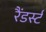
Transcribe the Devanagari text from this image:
रैंडर्स्ट